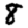
Digit: 8